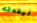
ليفعله